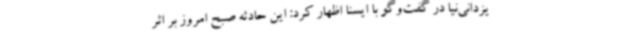
یزدانی‌نیا در گفت‌وگو با ایسنا اظهار کرد: این حادثه صبح امروز بر اثر